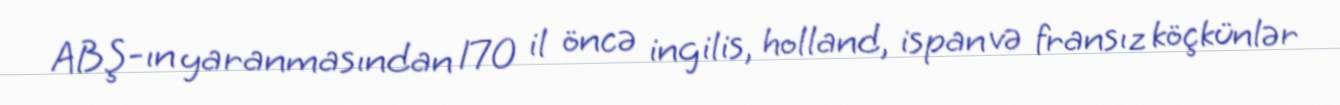
ABŞ-ın yaranmasından 170 il öncə ingilis, holland, ispan və fransız köçkünlər